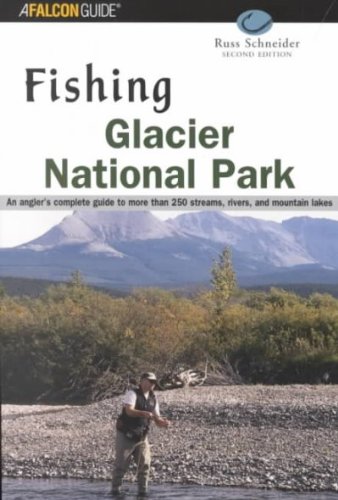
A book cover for Fishing Glacier National Park, 2nd (Fishing Series); Russ Schneider; Travel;